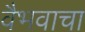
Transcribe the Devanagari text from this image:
वैभवाचा